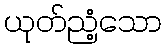
ယုတ်ညံ့သော